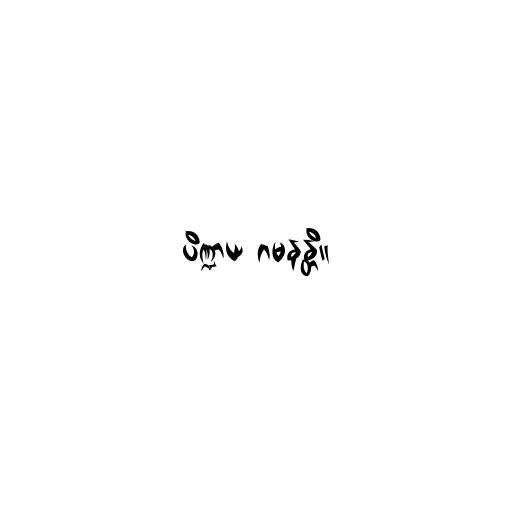
ပိဏ္ဍာယ ဂမနန္တိ။